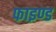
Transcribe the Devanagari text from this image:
फाइण्ड